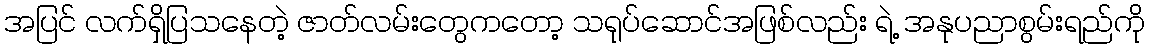
အပြင် လက်ရှိပြသနေတဲ့ ဇာတ်လမ်းတွေကတော့ သရုပ်ဆောင်အဖြစ်လည်း ရဲ့ အနုပညာစွမ်းရည်ကို